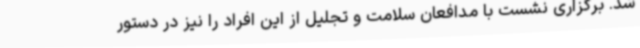
شد. برگزاری نشست با مدافعان سلامت و تجلیل از این افراد را نیز در دستور